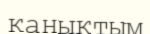
қанықтым